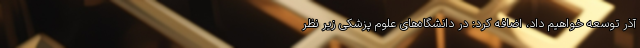
آذر توسعه خواهیم داد، اضافه کرد: در دانشگاه‌های علوم پزشکی زیر نظر